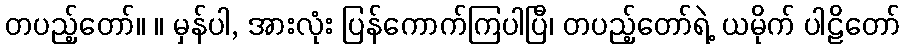
တပည့်တော်။ ။ မှန်ပါ, အားလုံး ပြန်ကောက်ကြပါပြီ၊ တပည့်တော်ရဲ့ ယမိုက် ပါဠိတော်